Tartu_Kolgata_baptistikogudus, lk 102
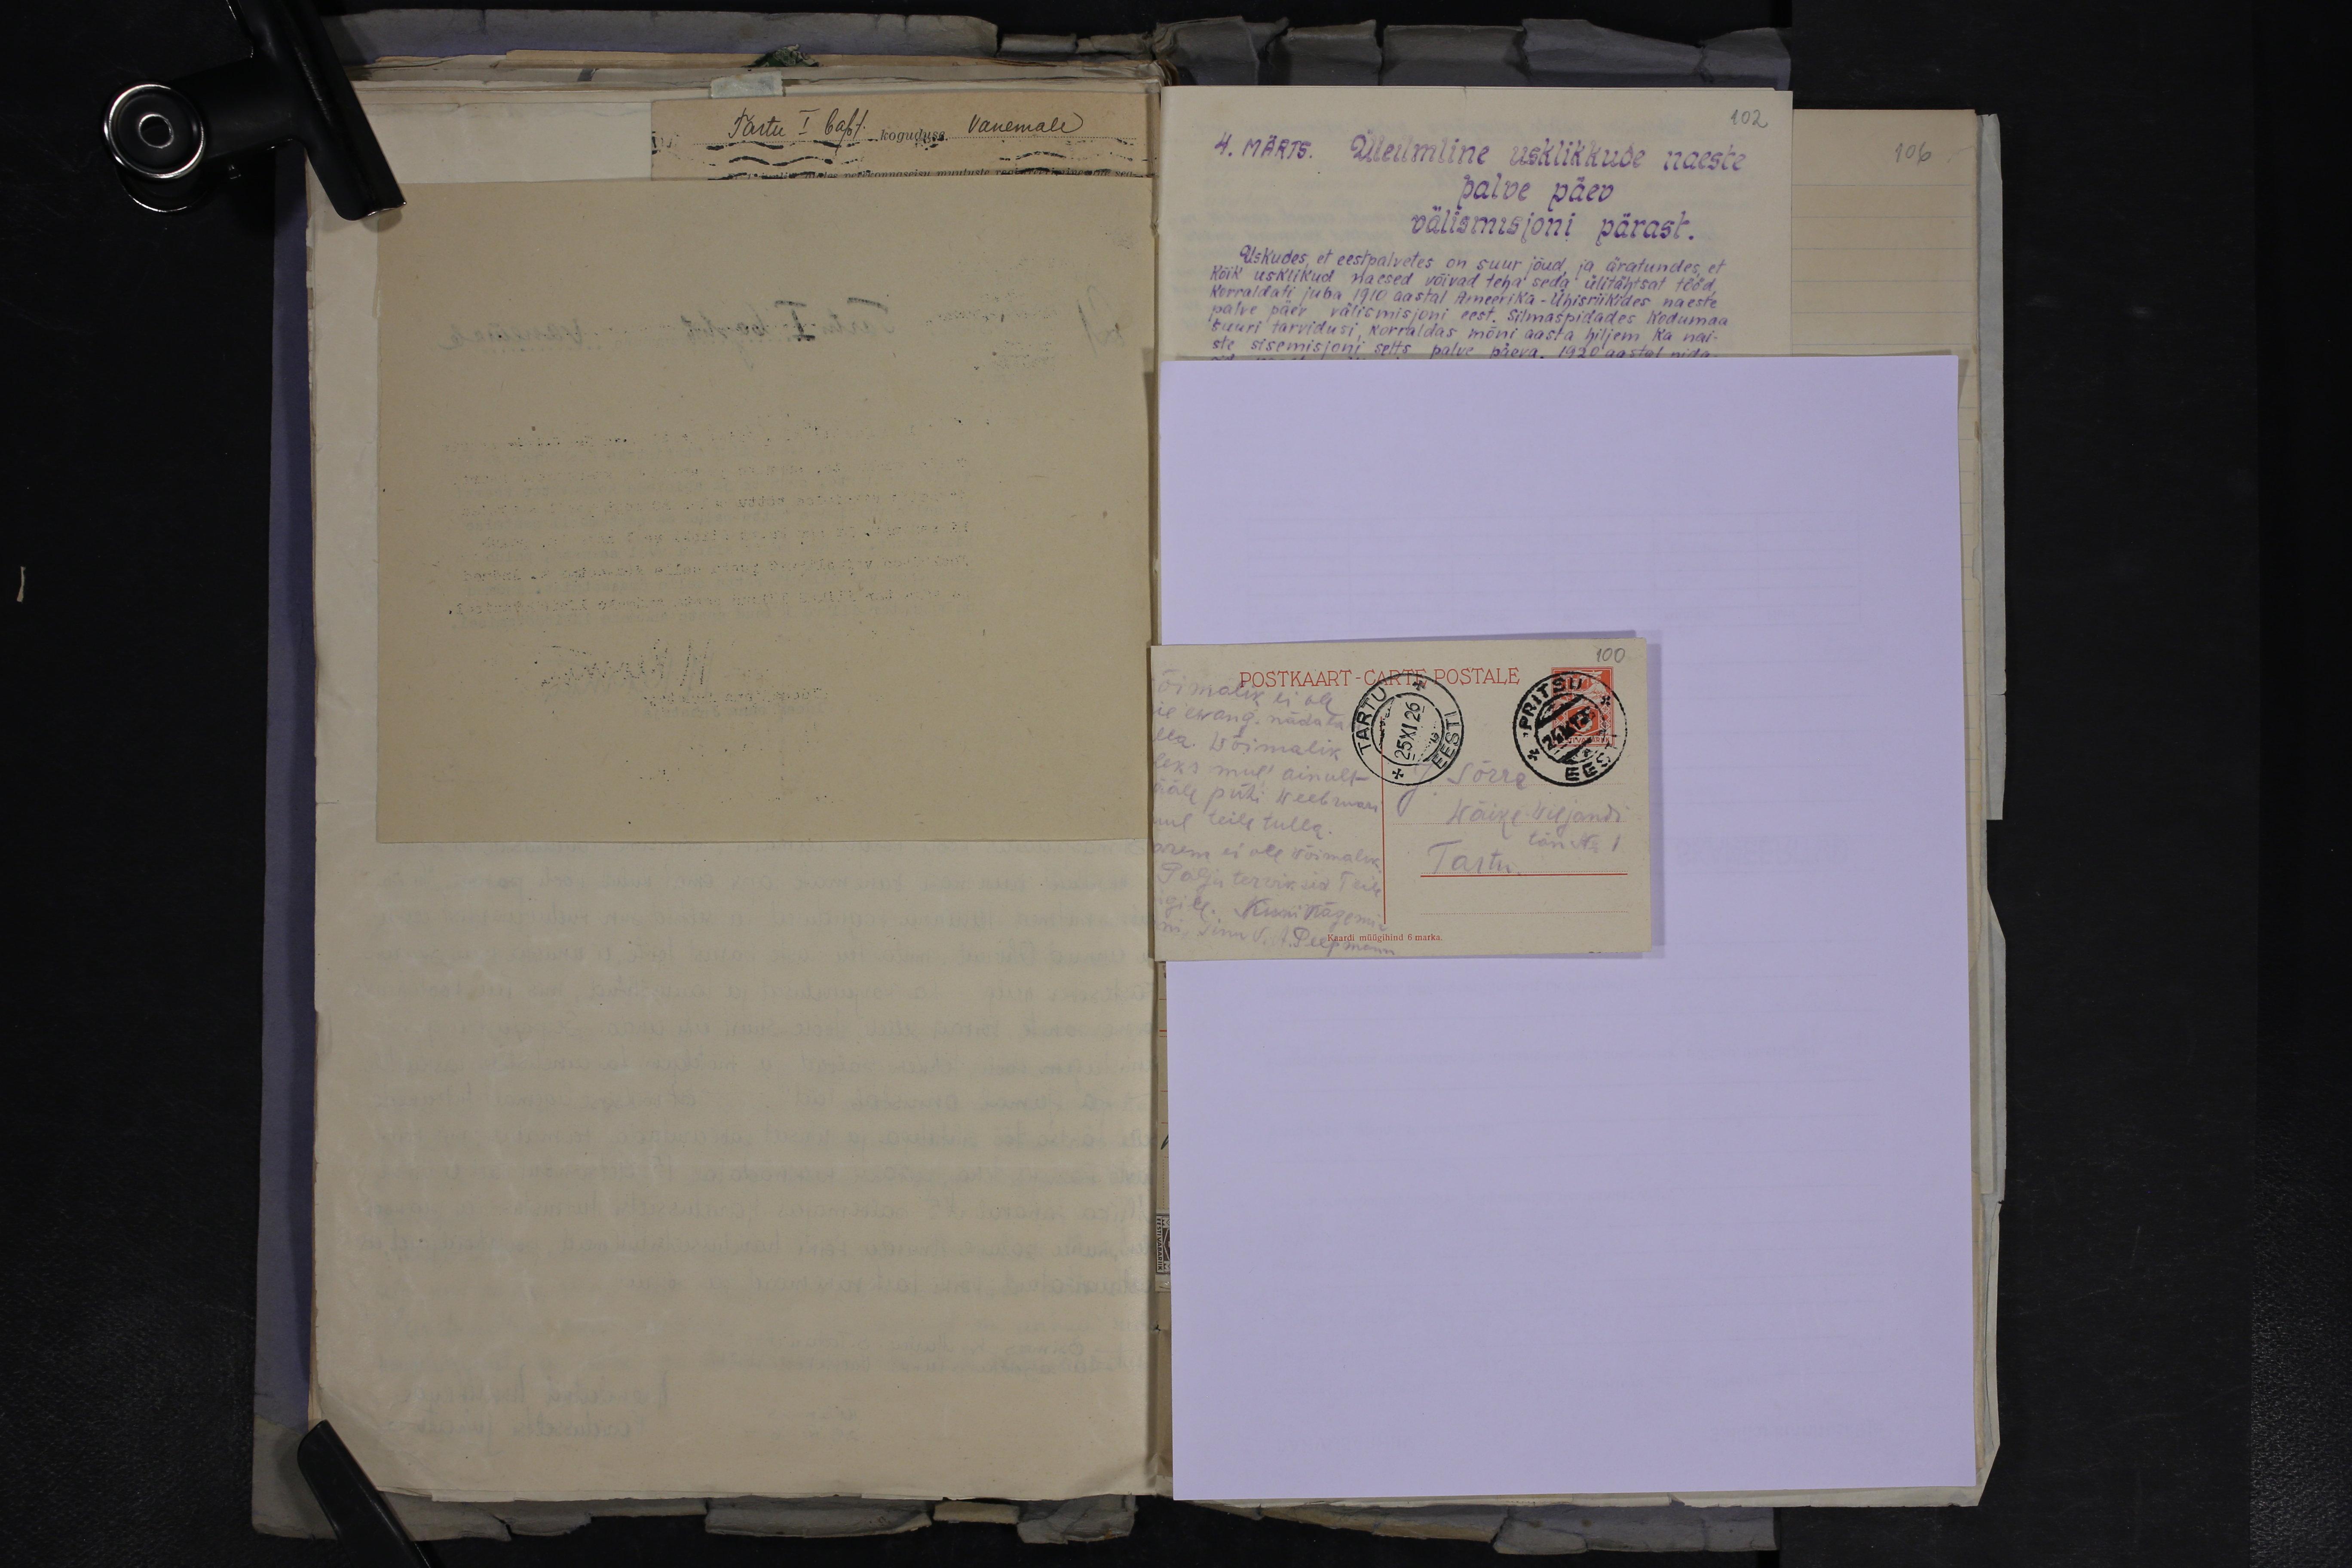
Tartu - I bapt koguduse Vanemale

POSTKAART - CARTE POSTALE
ewang. näda
la. Wõimalik
eks mul ainult
ale pühi weebruari
ul teile tulla.
Wäike Wiljandi
rem ei ole võimalik
tän No 1
Tartu
Palju terwiksid Teile
gile. Kuni nägemiseni
on Sinu V. A. Peepmann
Kaardi müügihind 6 marka